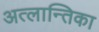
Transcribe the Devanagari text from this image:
अत्लान्तिका